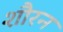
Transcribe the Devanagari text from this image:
शौरन